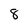
Character: 8